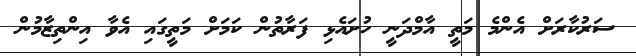
ސަރުކާރަށް އެންމެ މަތީ އާމްދަނީ ހުށައެޅި ފަރާތުން ކަމަށް މަތީގައި އެވާ އިންތިޒާމުން